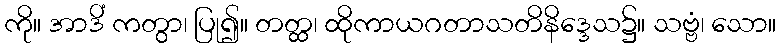
ကို။ အာဒိံ ကတွာ၊ ပြု၍။ တတ္ထ၊ ထိုကာယဂတာသတိနိဒ္ဒေသ၌။ သဗ္ဗံ၊ သော။